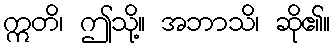
ဣတိ၊ ဤသို့။ အဘာသိ၊ ဆို၏။